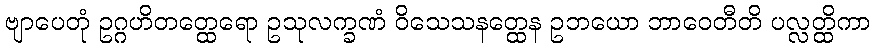
ဗျာပေတုံ ဥဂ္ဂဟိတတ္ထေရော ဥသုလက္ခဏံ ဝိသေသနတ္ထေန ဥဘယော ဘာဝေတီတိ ပလ္လတ္ထိကာ